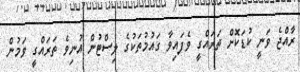
ރާއްޖެ ވަނީ ކުޑަކޮށް ތަރައްގީ ވެފައިވާ ގައުމުތަކުގެ ލިސްޓުން އުނިވެ ތަރައްގީ ވަމުން